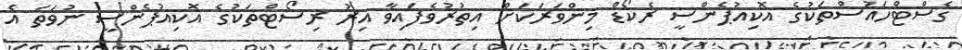
ގެސްޓްހައުސްތަކުގެ އޮކިއުޕެންސީ ރެކޯޑް މިންވަރަކަށް އިތުރުވެފައިވާ އިރު ރިސޯޓްތަކުގެ އޮކިއުޕެންސީ ނުވަތަ އެ